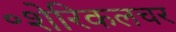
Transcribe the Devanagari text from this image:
॰शेरिकलचर